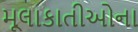
મૂલાકાતીઓના